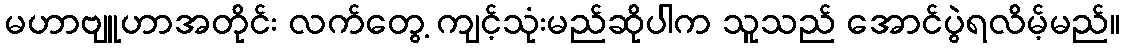
မဟာဗျူဟာအတိုင်း လက်တွေ့ ကျင့်သုံးမည်ဆိုပါက သူသည် အောင်ပွဲရလိမ့်မည်။